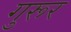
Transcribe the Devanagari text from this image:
गुरूर